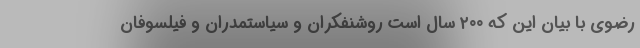
رضوی با بیان این که ۲۰۰ سال است روشنفکران و سیاستمدران و فیلسوفان